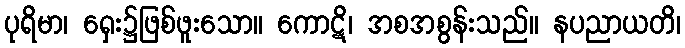
ပုရိမာ၊ ရှေး၌ဖြစ်ဖူးသော။ ကောဋိ၊ အစအစွန်းသည်။ နပညာယတိ၊